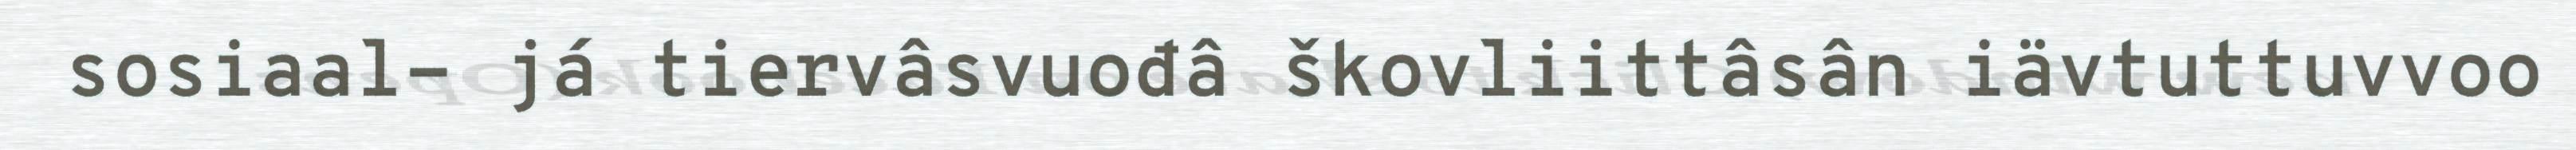
sosiaal- já tiervâsvuođâ škovliittâsân iävtuttuvvoo